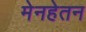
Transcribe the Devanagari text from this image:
मेनहेतन